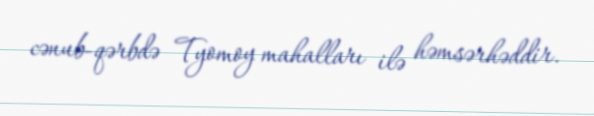
cənub-qərbdə Tyomoy mahalları ilə həmsərhəddir.